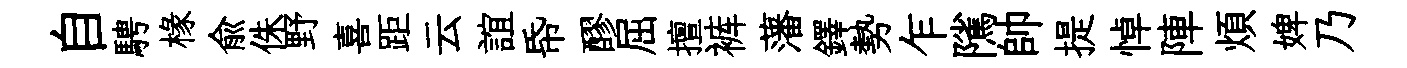
自騁椽俞侏野喜距云誼帋醪屈擅裤藩鐸勢乍隲帥提悼陣煩婢乃